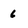
Character: 6